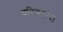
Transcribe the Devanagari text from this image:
परिकल्प।